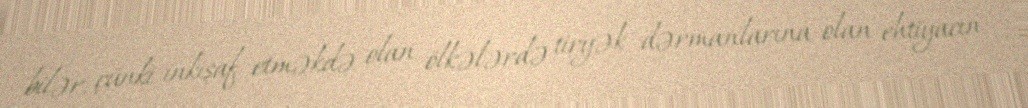
bilər, çünki inkişaf etməkdə olan ölkələrdə tiryək dərmanlarına olan ehtiyacın